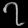
Digit: ၇